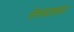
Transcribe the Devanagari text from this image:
सेनावासावर